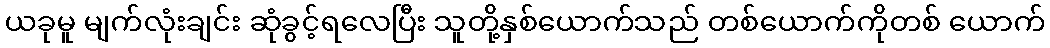
ယခုမူ မျက်လုံးချင်း ဆုံခွင့်ရလေပြီး သူတို့နှစ်ယောက်သည် တစ်ယောက်ကိုတစ် ယောက်